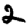
Digit: 2